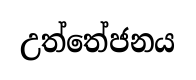
උත්තේජනය